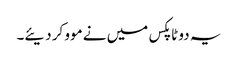
یہ دو ٹاپکس میں نے موو کر دیئے۔